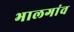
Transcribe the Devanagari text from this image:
भालगांव